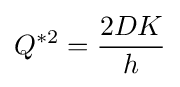
Q^{*2}={\frac {2DK}{h}}